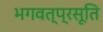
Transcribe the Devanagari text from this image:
भगवत्प्रसूति